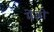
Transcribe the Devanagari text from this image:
मेंज़ो